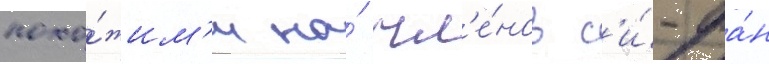
похо́жим'и на́ чл'е́нов с'и́-фа́н